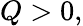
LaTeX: Q>0,